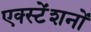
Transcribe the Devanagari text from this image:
एक्स्टेंशनों